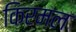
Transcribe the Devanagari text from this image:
किरमल